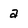
Character: a